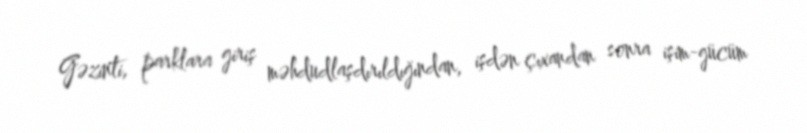
Gəzinti, parklara giriş məhdudlaşdırıldığından, işdən çıxandan sonra işim-gücüm